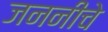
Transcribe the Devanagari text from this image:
जननीचे